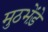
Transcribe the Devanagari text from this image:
मुठभेंड़े